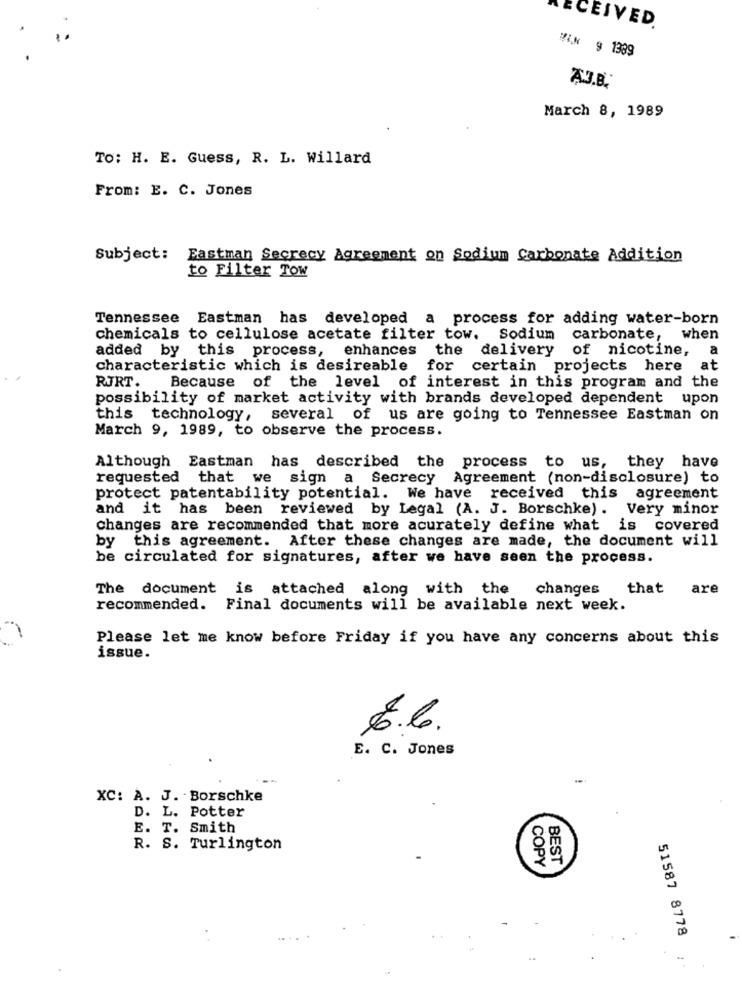
ECEIVED
Wi* 9 1389
A.J.B.
March 8, 1989
To: H. E. Guess, R. L. Willard
From: E. C. Jones
Subject:
Eastman Secrecy Agreement on Sodium Carbonate Addition
to Filter Tow
Tennessee Eastman has developed a process for adding water-born
chemicals to cellulose acetate filter tow. Sodium
carbonate,
when
added by this process, enhances
the delivery of nicotine,
a
characteristic which is desireable for certain projects here
at
RJRT.
Because of the level of interest in this program and the
possibility of market activity with brands developed dependent upon
this technology,
several of us are going to Tennessee Eastman on
March 9, 1989, to observe the process.
Although Eastman has described the process to us, they have
requested
that we sign a Secrecy
Agreement (non-disclosure) to
protect patentability potential. We have received this
agreement
and it has been reviewed by Legal (A. J. Borschke).
Very minor
changes are recommended that more acurately define what is covered
by this agreement. After these changes are made, the document will
be circulated for signatures, after we have seen the process.
The document is attached along with the changes that
are
recommended. Final documents will be available next week.
Please let me know before Friday if you have any concerns about this
issue.
6.6.
E. C. Jones
XC: A. J. Borschke
D. L. Potter
E. T. Smith
R. S. Turlington
COPY
BEST
51587 8778
-